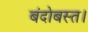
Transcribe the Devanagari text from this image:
बंदोबस्त।